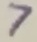
Text: 7